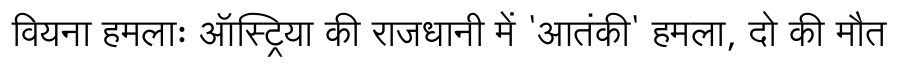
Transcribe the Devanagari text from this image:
वियना हमलाः ऑस्ट्रिया की राजधानी में 'आतंकी' हमला, दो की मौत